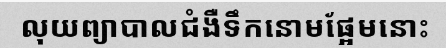
លុយព្យាបាលជំងឺទឹកនោមផ្អែមនោះ